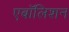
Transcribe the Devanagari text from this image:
एबॉलिशन